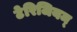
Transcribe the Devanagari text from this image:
टेरिजियम्